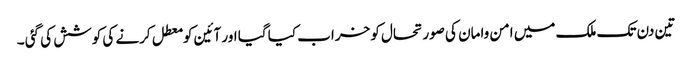
تین دن تک ملک میں امن وامان کی صورتحال کو خراب کیا گیا اور آئین کو معطل کرنے کی کوشش کی گئی ۔